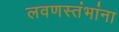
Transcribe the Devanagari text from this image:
लवणस्तंभांना